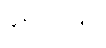
ခံရသဖြင့်